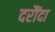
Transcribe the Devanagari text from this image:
दरौंदा